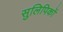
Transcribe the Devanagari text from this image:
सुलिपिकों